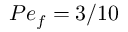
P e _ { f } = 3 / 1 0